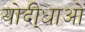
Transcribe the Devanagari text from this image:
योदी्धाओं